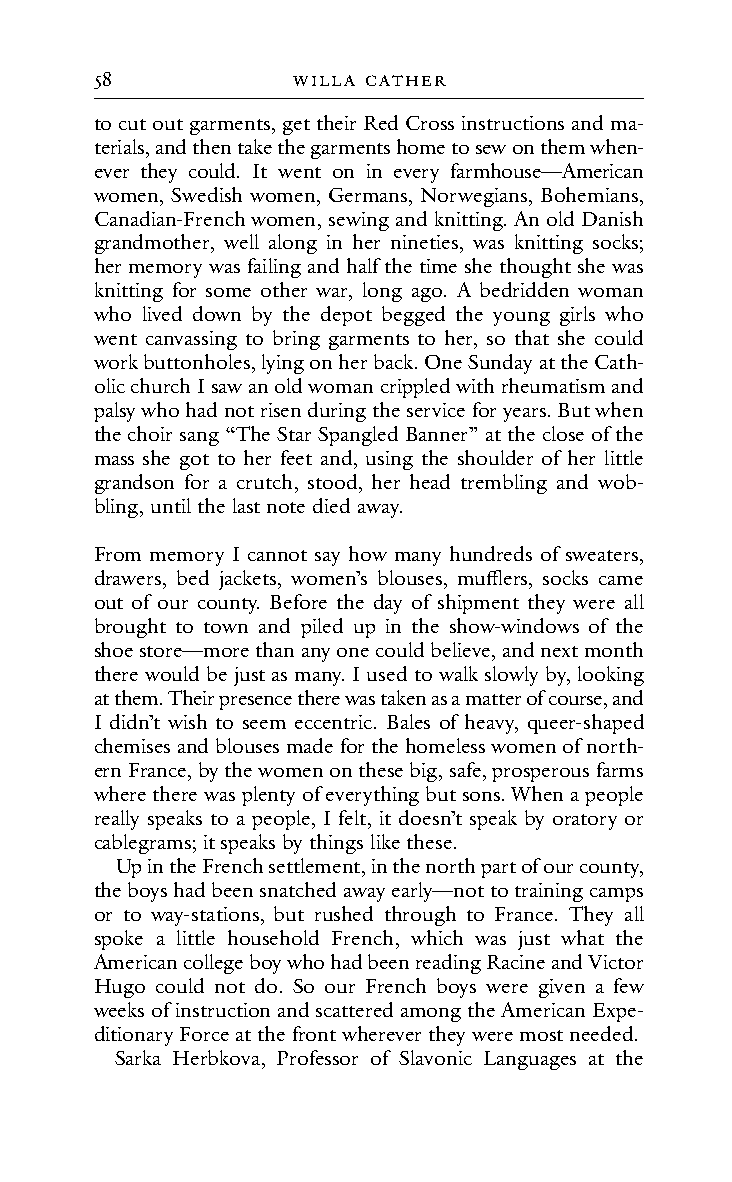
58           WILLA cA tHeR
 to cut out garments, get their Red Cross instructions and ma-
 terials, and then take the garments home to sew on them when-
 ever they could. It went on in every farmhouse—American
 women, Swedish women, Germans, Norwegians, Bohemians,
 Canadian-French women, sewing and knitting. An old Danish
 grandmother, well along in her nineties, was knitting socks;
 her memory was failing and half the time she thought she was
 knitting for some other war, long ago. A bedridden woman
 who lived down by the depot begged the young girls who
 went canvassing to bring garments to her, so that she could
 work buttonholes, lying on her back. One Sunday at the Cath-
 olic church I saw an old woman crippled with rheumatism and
 palsy who had not risen during the service for years. But when
 the choir sang “The Star Spangled Banner” at the close of the
 mass she got to her feet and, using the shoulder of her little
 grandson for a crutch, stood, her head trembling and wob-
 bling, until the last note died away.
 From memory I cannot say how many hundreds of sweaters,
 drawers, bed jackets, women’s blouses, mufflers, socks came
 out of our county. Before the day of shipment they were all
 brought to town and piled up in the show-windows of the
 shoe store—more than any one could believe, and next month
 there would be just as many. I used to walk slowly by, looking
 at them. Their presence there was taken as a matter of course, and
 I didn’t wish to seem eccentric. Bales of heavy, queer-shaped
 chemises and blouses made for the homeless women of north-
 ern France, by the women on these big, safe, prosperous farms
 where there was plenty of everything but sons. When a people
 really speaks to a people, I felt, it doesn’t speak by oratory or
 cablegrams; it speaks by things like these.
 Up in the French settlement, in the north part of our county,
 the boys had been snatched away early—not to training camps
 or to way-stations, but rushed through to France. They all
 spoke a little household French, which was just what the
 American college boy who had been reading Racine and Victor
 Hugo could not do. So our French boys were given a few
 weeks of instruction and scattered among the American Expe-
 ditionary Force at the front wherever they were most needed.
 Sarka Herbkova, Professor of Slavonic Languages at the